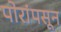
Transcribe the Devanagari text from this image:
पोरांपसून